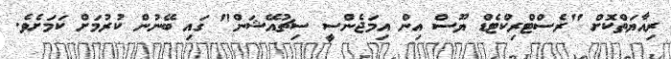
ރިއާޔަތްކޮށް "ރެސްޓްރިކްޓެޑް ޔޫސް އިން އިމަޖެންސީ ސިޗުއޭޝަން" ގައި ބޭނުން ކުރުމަށް ކަމަށެވެ.